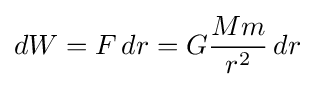
dW=F\,dr=G{\frac {Mm}{r^{2}}}\,dr